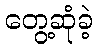
တွေ့ဆုံခဲ့